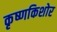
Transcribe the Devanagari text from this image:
कृष्णकिशोर